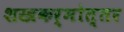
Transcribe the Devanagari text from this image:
शस्त्रकर्मोत्तर